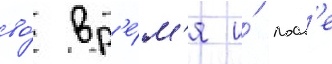
во́ вр'е́м'я и́ посл'е